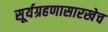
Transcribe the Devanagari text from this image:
सूर्यग्रहणासारखेच